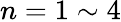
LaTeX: n=1\sim 4